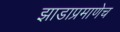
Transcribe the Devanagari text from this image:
झाडाप्रमाणेच